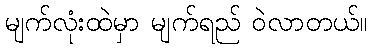
မျက်လုံးထဲမှာ မျက်ရည် ဝဲလာတယ်။